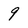
Character: 9